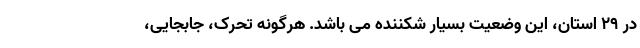
در ۲۹ استان، این وضعیت بسیار شکننده می ­باشد. هرگونه تحرک، جابجایی،